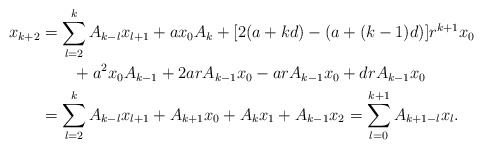
\begin{align*}x_{k+2}&=\sum_{l=2}^kA_{k-l} x_{l+1}+ a x_0 A_k + [2(a+kd)-(a+(k-1)d)]r^{k+1}x_0 \\&\quad\quad+ a^2x_0 A_{k-1} + 2arA_{k-1}x_0 -arA_{k-1}x_0+drA_{k-1}x_0\\&=\sum_{l=2}^kA_{k-l}x_{l+1}+A_{k+1}x_0 + A_k x_1 + A_{k-1} x_2=\sum_{l=0}^{k+1}A_{k+1-l}x_l.\end{align*}